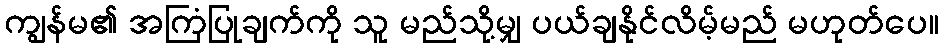
ကျွန်မ၏ အကြံပြုချက်ကို သူ မည်သို့မျှ ပယ်ချနိုင်လိမ့်မည် မဟုတ်ပေ။